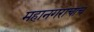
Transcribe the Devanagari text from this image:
महानगराचाच